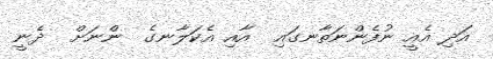
އަދި އެއީ ނުފެންނަތާނގައި  އާއި އެކަލާނގެ  ންނަށް  ދެނީ